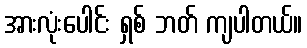
အားလုံးပေါင်း ရှစ် ဘတ် ကျပါတယ်။